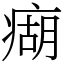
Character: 㾰